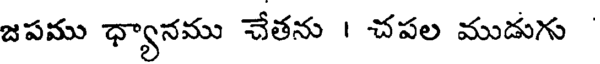
జపము ధ్యానము చేతను | చపల ముడుగు